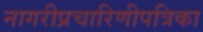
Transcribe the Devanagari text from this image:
नागरीप्रचारिणीपत्रिका